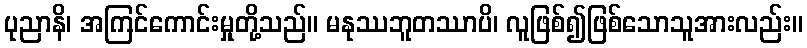
ပုညာနိ၊ အကြင်ကောင်းမှုတို့သည်။ မနုဿဘူတဿာပိ၊ လူဖြစ်၍ဖြစ်သောသူအားလည်း။